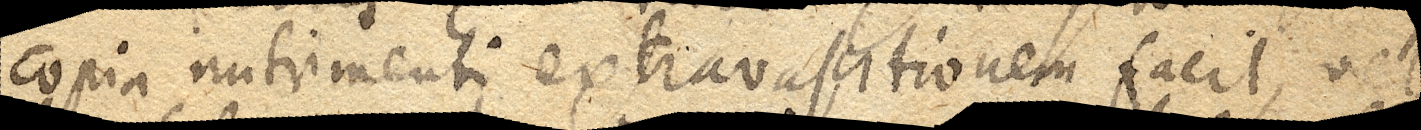
copia nutrimenti extravasationem facit, vel